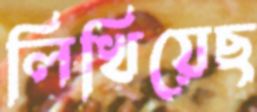
লিখিয়েছ